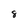
Character: 8